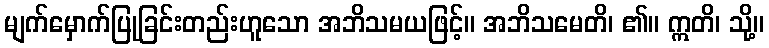
မျက်မှောက်ပြုခြင်းတည်းဟူသော အဘိသမယဖြင့်။ အဘိသမေတိ၊ ၏။ ဣတိ၊ သို့။